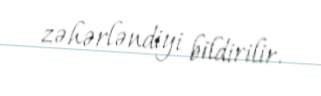
zəhərləndiyi bildirilir.